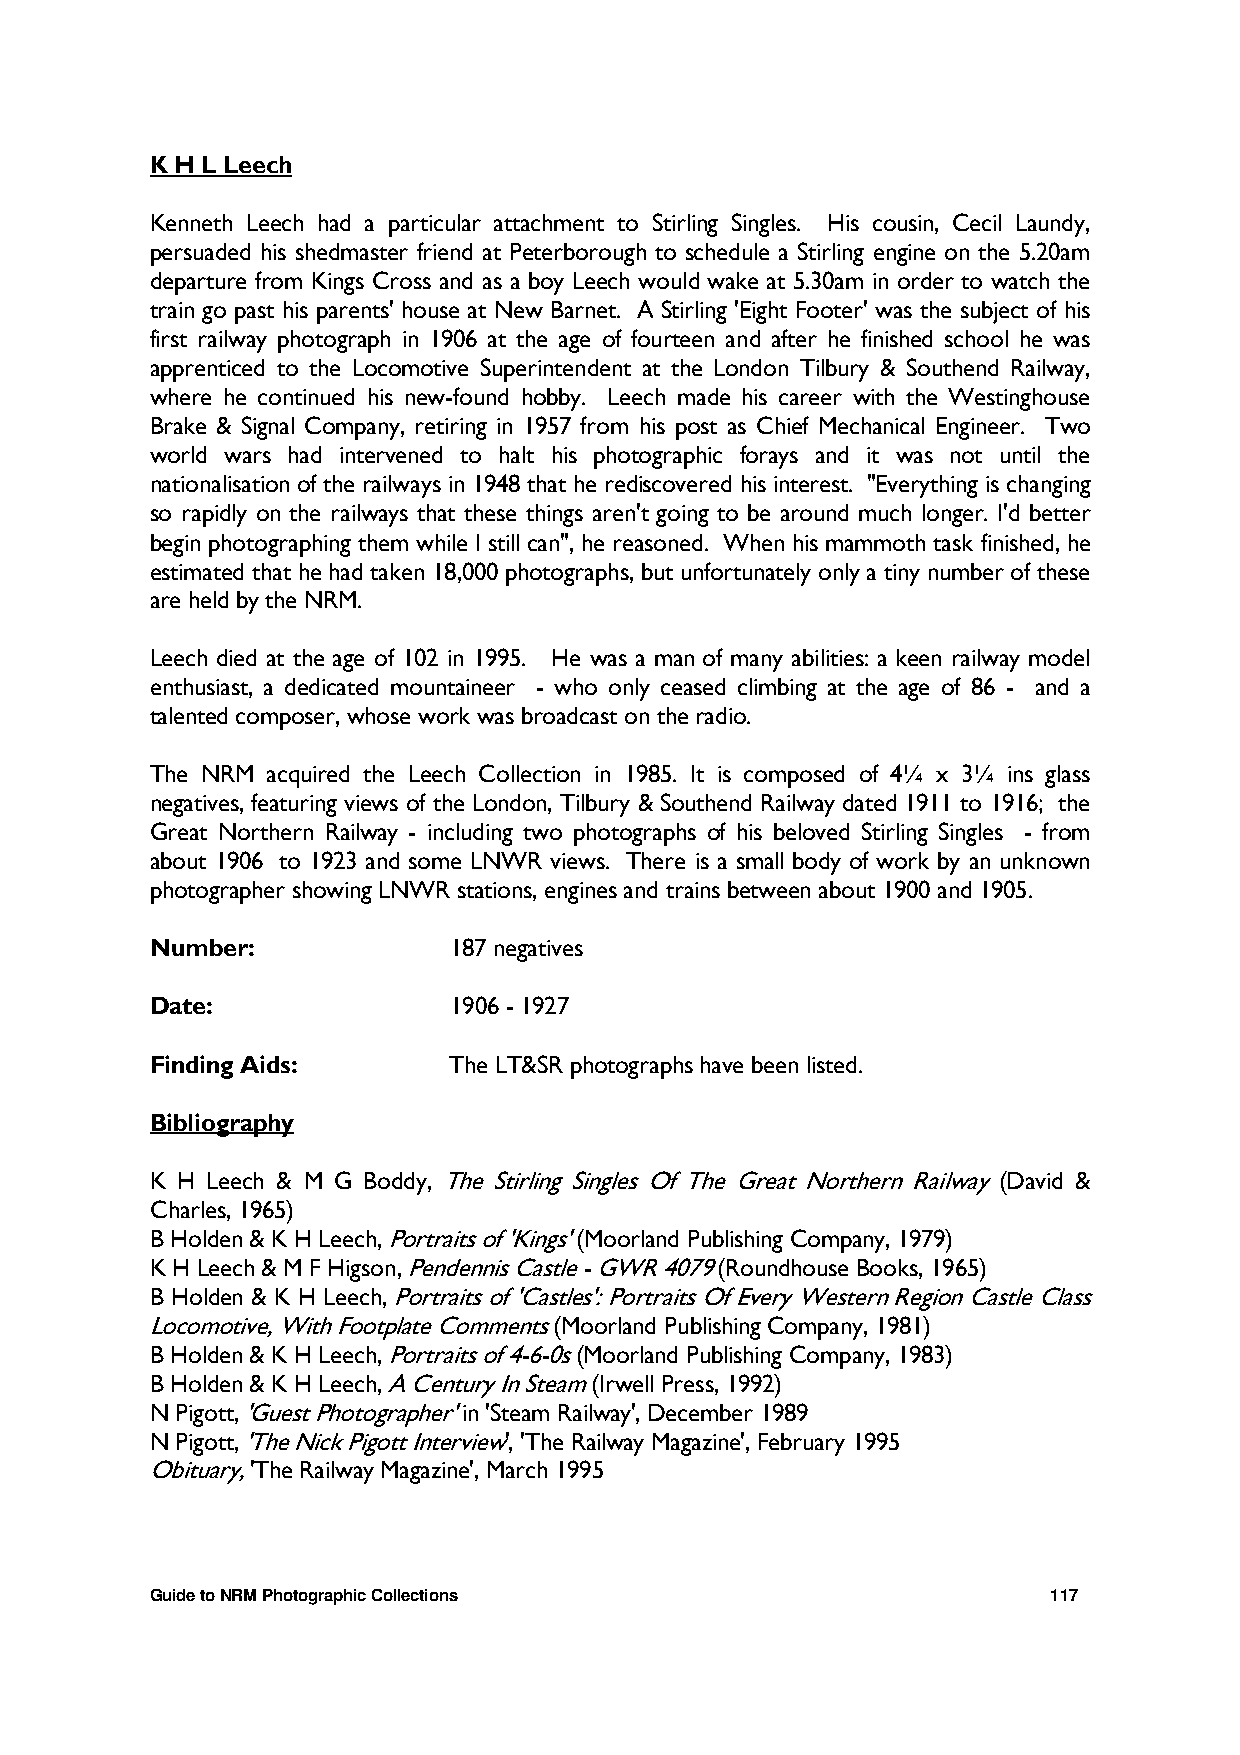
K H L Leech
 Kenneth Leech had a particular attachment to Stirling Singles. His cousin, Cecil Laundy,
 persuaded his shedmaster friend at Peterborough to schedule a Stirling engine on the 5.20am
 departure from Kings Cross and as a boy Leech would wake at 5.30am in order to watch the
 train go past his parents' house at New Barnet. A Stirling 'Eight Footer' was the subject of his
 first railway photograph in 1906 at the age of fourteen and after he finished school he was
 apprenticed to the Locomotive Superintendent at the London Tilbury & Southend Railway,
 where he continued his new-found hobby. Leech made his career with the Westinghouse
 Brake & Signal Company, retiring in 1957 from his post as Chief Mechanical Engineer. Two
 world wars had intervened to halt his photographic forays and it was not until the
 nationalisation of the railways in 1948 that he rediscovered his interest. "Everything is changing
 so rapidly on the railways that these things aren't going to be around much longer. I'd better
 begin photographing them while I still can", he reasoned. When his mammoth task finished, he
 estimated that he had taken 18,000 photographs, but unfortunately only a tiny number of these
 are held by the NRM.
 Leech died at the age of 102 in 1995. He was a man of many abilities: a keen railway model
 enthusiast, a dedicated mountaineer - who only ceased climbing at the age of 86 - and a
 talented composer, whose work was broadcast on the radio.
 The NRM acquired the Leech Collection in 1985. It is composed of 4¼ x 3¼ ins glass
 negatives, featuring views of the London, Tilbury & Southend Railway dated 1911 to 1916; the
 Great Northern Railway - including two photographs of his beloved Stirling Singles - from
 about 1906 to 1923 and some LNWR views. There is a small body of work by an unknown
 photographer showing LNWR stations, engines and trains between about 1900 and 1905.
 Number:             187 negatives
 Date:               1906 - 1927
 Finding Aids:       The LT&SR photographs have been listed.
 Bibliography
 K H Leech & M G Boddy, The Stirling Singles Of The Great Northern Railway (David &
 Charles, 1965)
 B Holden & K H Leech, Portraits of 'Kings' (Moorland Publishing Company, 1979)
 K H Leech & M F Higson, Pendennis Castle - GWR 4079 (Roundhouse Books, 1965)
 B Holden & K H Leech, Portraits of 'Castles': Portraits Of Every Western Region Castle Class
 Locomotive, With Footplate Comments (Moorland Publishing Company, 1981)
 B Holden & K H Leech, Portraits of 4-6-0s (Moorland Publishing Company, 1983)
 B Holden & K H Leech, A Century In Steam (Irwell Press, 1992)
 N Pigott, 'Guest Photographer' in 'Steam Railway', December 1989
 N Pigott, 'The Nick Pigott Interview', 'The Railway Magazine', February 1995
 Obituary, 'The Railway Magazine', March 1995
 Guide to NRM Photographic Collections                       117